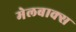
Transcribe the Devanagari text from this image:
मेलबाक्स